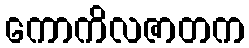
ကောကိလဇာတက